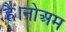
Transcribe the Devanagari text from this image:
है।नोअम